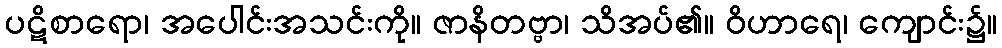
ပဋိစာရော၊ အပေါင်းအသင်းကို။ ဇာနိတဗ္ဗာ၊ သိအပ်၏။ ဝိဟာရေ၊ ကျောင်း၌။